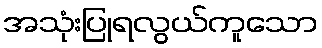
အသုံးပြုရလွယ်ကူသော